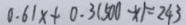
0 . 6 1 x + 0 . 3 ( 5 0 0 - x ) = 2 4 3